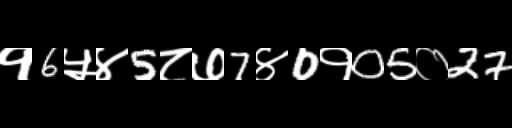
Text: १6५४5८७7४0१05०27